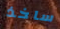
ساخذ